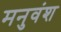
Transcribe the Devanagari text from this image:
मनुवंश